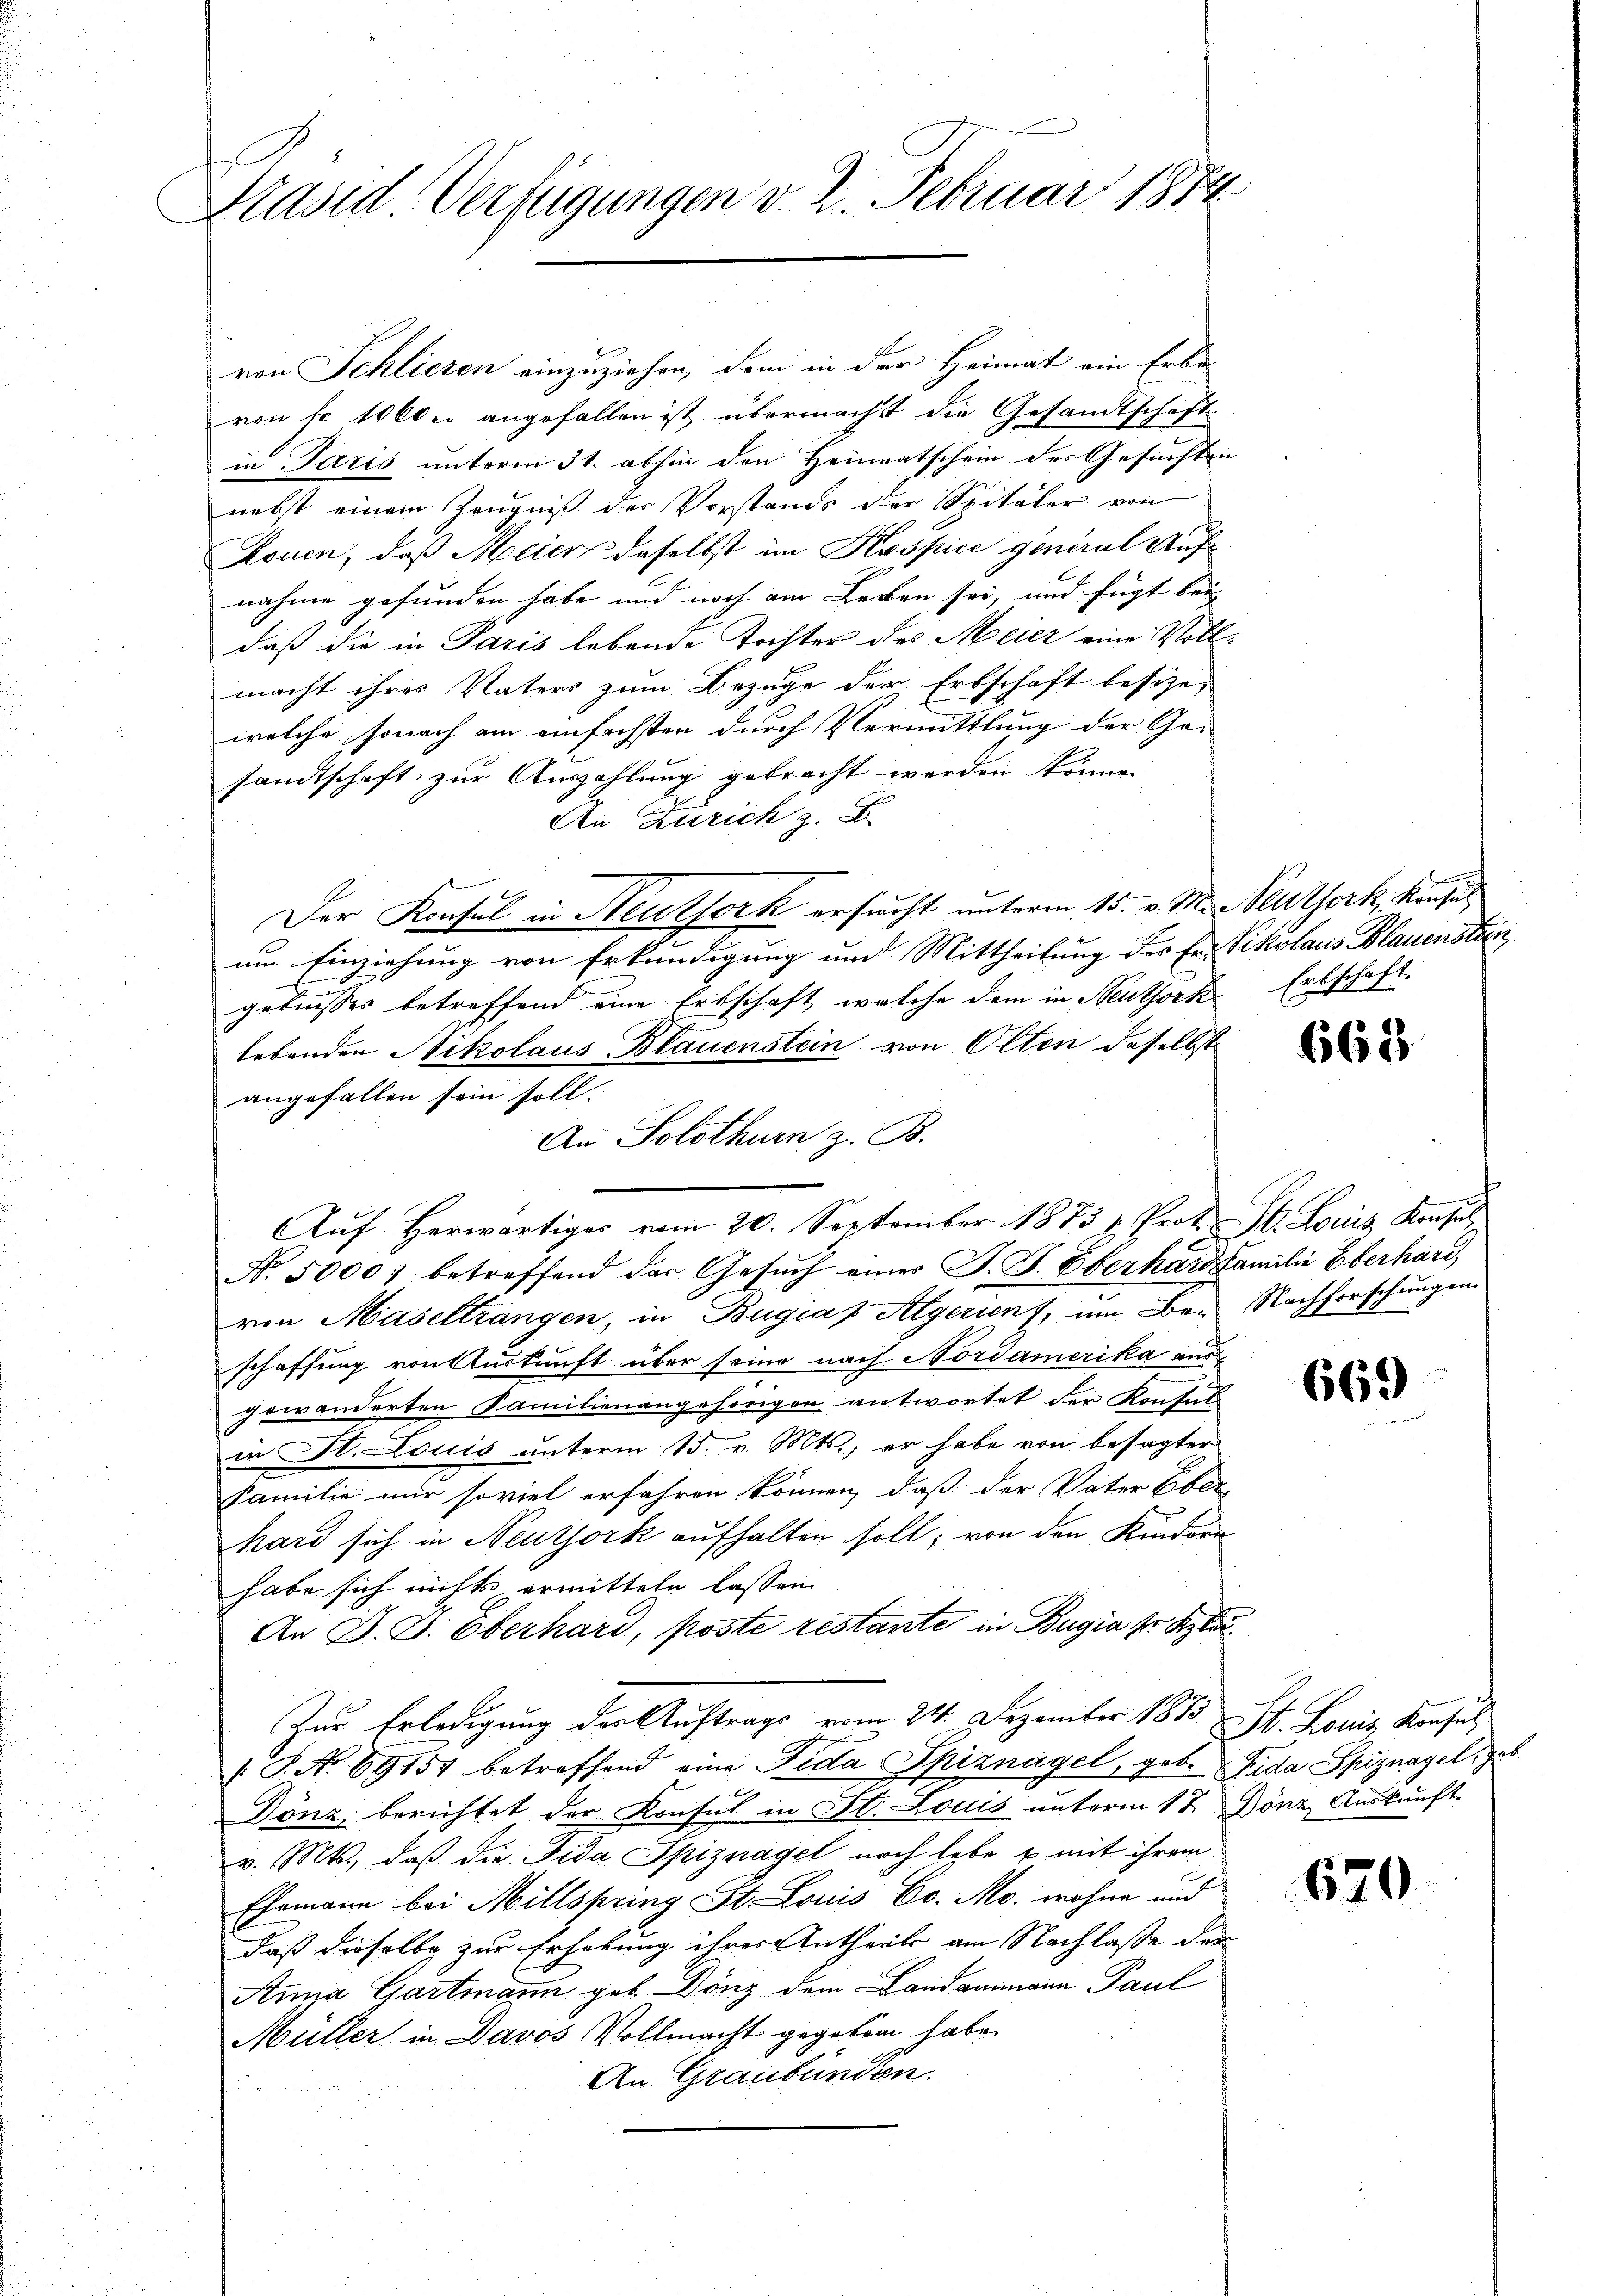
Präsid Verfügungen v. 2. Februar 1874

von Schlieren einzuziehen, dem in der Heimat ein Erbe
von Fr. 1000 er angefallen ist, übermacht die Gesandtschaft
in Paris unterm 31. abhin den Heimatschein des Gesuchten
nebst einem Zeugniß der Vorstands der Spitäler von
Rouen, daß Meier daselbst im Kospice general Aufnahme gefunden habe und noch am Leben sei, und fügt bei
daß die in Paris lebende Tochter des Meier eine Vollmacht ihres Vaters zum Bezuge der Erbschaft besize-
welche, sonach am einfachsten durch Vermittlung der Ge-
sandtschaft zur Auszahlung gebracht werden könne.
An Zürich z. B
Der Konsul in Neutjork ersucht unterm 15. v. M. Neuthork, Konsul
um Einziehung von Erkundigung und Mittheilung des Er Vikolaus Blauenstan
gebnisses betreffend eine Erbschaft, welche dem in Neuthork Erbschaft.
lebenden Nikolaus Blauenstein von Olten daselbst
angefallen sein soll.
Auf. Herwärtiger vom 20. September 1873 u. Prof. St. Louis Konsul
N. 5000 betreffend das Gesuch eines P. P. Oberhard Familie Oberhard,
von Maseltrangen, in Bugiaf Algerient, um Ber. Nachforschungen
schaffung von Auskunft über seine nach Nordamerika aus
gewänderten Familienangehörigen antwortet der Konsul
in H. Louis unterm 15. v. Mts., er habe von besagter
Familie nur soviel erfahren können, daß der Vater Ober-
hard sich in Neutjork aufhalten soll; von den Kindern
habe sich nichts ermitteln lassen.
An D. B. Oberhard, poste restante in Bugia se Kla¬
Zur Erledigung der Auftrags vom 24. Dezember 1883 St. Louis, Konsul
/S. No 69157 betreffend eine Fida Spiznagel, geb. Fida Spiznagel, geb.
Gönz berichtet der Konsul in St. Louis unterm 17. Bönz Auskunft
v. Mts., daß die Fida Spiznagel noch lebe u. mit ihrem
Ehemann bei Millspring St. Louis Co. Mo. wohne und
daß dieselbe zur Erhebung ihrer Antheils am Nachlasse der
Anna Gartmann geb. Dönz dem Landammann Paul
Müller in Davos Vollmacht gegeben habe.
An Graubünden.

An Solothurn z. B.

668

669

620